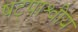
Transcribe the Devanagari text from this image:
षट्पाश्वीय